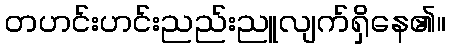
တဟင်းဟင်းညည်းညူလျက်ရှိနေ၏။